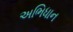
અભિધાન